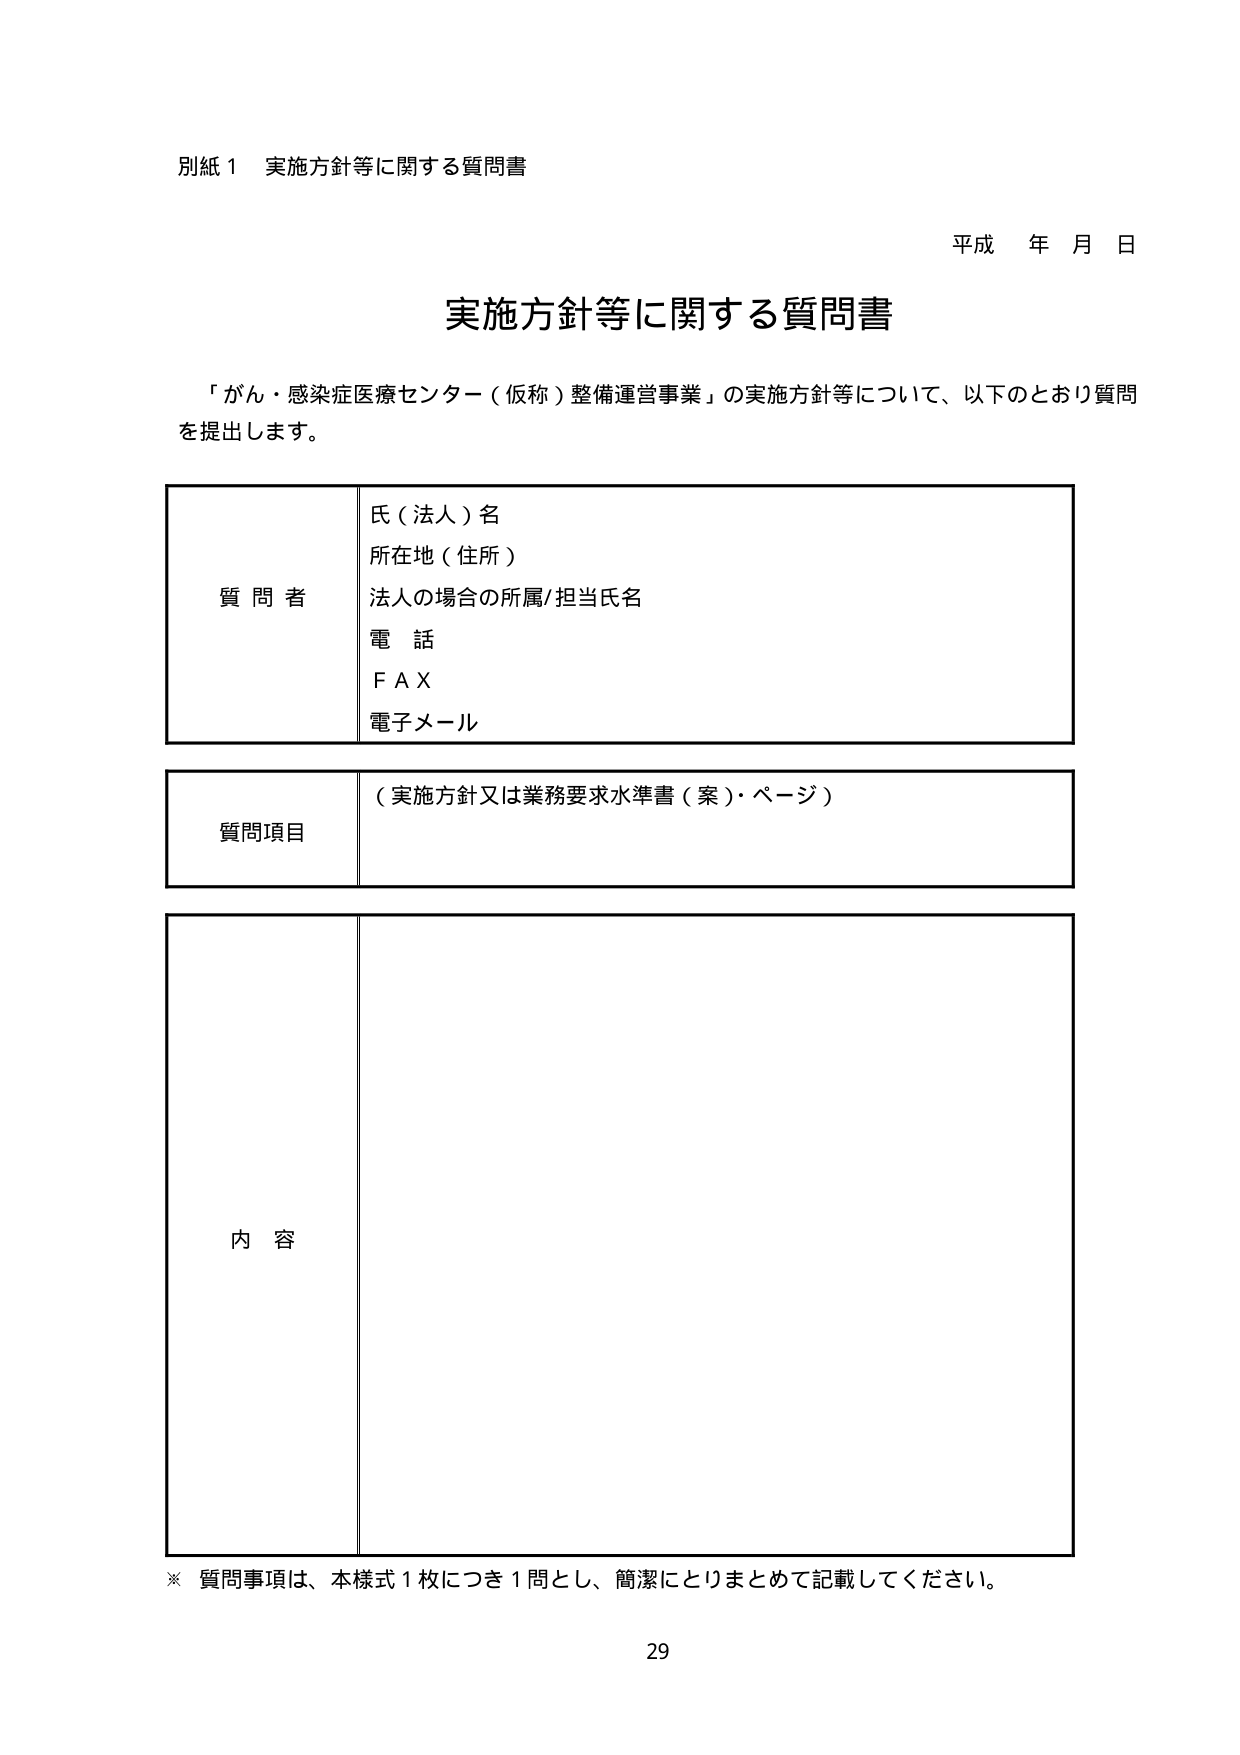
別紙１ 実施方針等に関する質問書

平成 年 月 日

実施方針等に関する質問書

「がん・感染症医療センター（仮称）整備運営事業」の実施方針等について、以下のとおり質問を提出します。

質問者
氏（法人）名
所在地（住所）
法人の場合の所属/担当氏名
電話
ＦＡＸ
電子メール

質問項目
（実施方針又は業務要求水準書（案）・ページ）

内容

※ 質問事項は、本様式１枚につき１問とし、簡潔にとりまとめて記載してください。

29